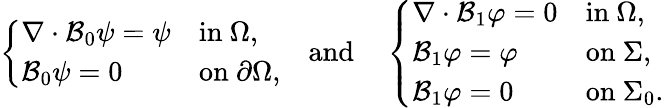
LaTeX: \left\{ \begin{array}{ll}{\nabla\cdot\mathcal{B}_{0}\psi=\psi}&{\mathrm{in~}\Omega,}\\ {\mathcal{B}_{0}\psi=0}&{\mathrm{on~}\partial\Omega,}\end{array}\right.\quad\mathrm{and}\quad\left\{ \begin{array}{ll}{\nabla\cdot\mathcal{B}_{1}\varphi=0}&{\mathrm{in~}\Omega,}\\ {\mathcal{B}_{1}\varphi=\varphi}&{\mathrm{on~}\Sigma,}\\ {\mathcal{B}_{1}\varphi=0}&{\mathrm{on~}\Sigma_{0}.}\end{array}\right.